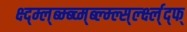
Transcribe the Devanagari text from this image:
क्ष्द्म्ल्ब्म्ब्च्म्ब्ल्म्ल्स्र्ल्क्ष्ल्द्फ्